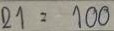
21 = 100